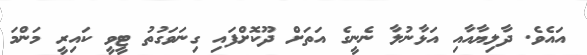
އައެވެ. ދާލިޔާއާއި އަޅާނުލާ ނެނީގެ އަތަށް ދޫކޮށްފައި ގިނަވަގުތު ޓީވީ ކައިރީ މަންމަ